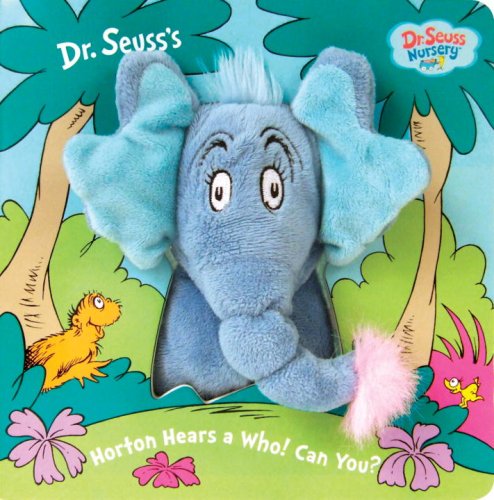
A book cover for Horton Hears a Who! Can You? (Dr. Seuss Nursery Collection); Dr. Seuss; Children's Books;